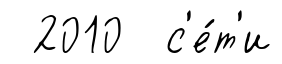
2010 с'е́т'и